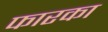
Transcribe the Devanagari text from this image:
फारका